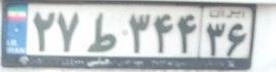
۲۷ط۳۴۴۳۶